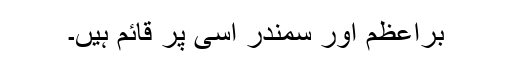
برِاعظم اور سمندر اسی پر قائم ہیں۔